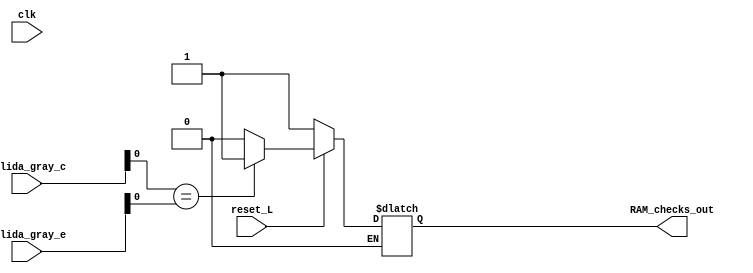
/**
*Universidad de Costa Rica - Escuela de Ingenieria Electrica
*Tarea #8 - IE-0523 - modulo checker
*@author Moiss Campos Zepeda
*14/06/2019 
*@brief Checker para comparar comportamiento conductual con el estructural
*/

module checker_RAM #(
    parameter OUTPUT_SIZE=4                //Cantida de bits de la salida 

)(
    output reg      RAM_checks_out,        //salida que indica que ambos datos de la salida son iguales
    input           clk,
    input          reset_L,
    input   [OUTPUT_SIZE-1:0]  salida_gray_c,
    input   [OUTPUT_SIZE-1:0]   salida_gray_e
);
    reg     out_c, out_e;                   //flip-flops
    reg     onflag, resetflag;                         //checks if message has been sent   
    always@( * ) begin
        if( !reset_L ) begin
            out_c  =   'b0;
            out_e  =   'b0;
            onflag =   'b0;
            RAM_checks_out <= 1;
        end else begin      
            out_c = salida_gray_c;
            out_e = salida_gray_e;
           
            if( reset_L == 1 ) begin        //comparacion en los flancos del reloj
                if( out_c == out_e ) begin
                    RAM_checks_out = 1;
                    resetflag =1; 
                end else begin
                    RAM_checks_out = 'b0;
                    if ( ( !onflag )  && ( resetflag == 1 ) ) begin
                        $display( $time, " ns, Error: Modules differ!!" );
                        onflag = 1;
                    end
                end
            end 
        end
    end
endmodule